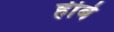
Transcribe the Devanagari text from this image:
हीबे